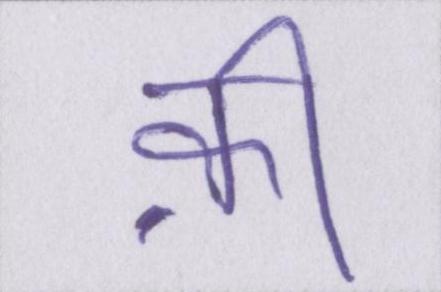
क़ी